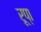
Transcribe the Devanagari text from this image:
रूप्‍ा